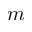
m